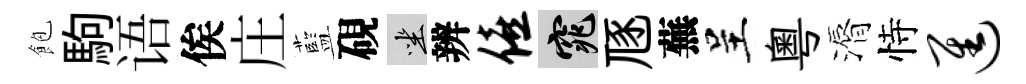
飽駒语俟庄藍硯坐辨僖窕豗蕪呈粤漘恃进